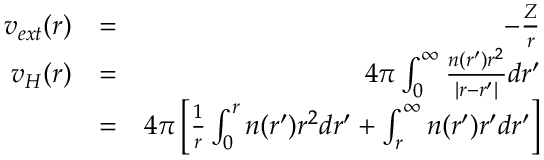
\begin{array} { r l r } { v _ { e x t } ( r ) } & { = } & { - \frac { Z } { r } } \\ { v _ { H } ( r ) } & { = } & { 4 \pi \int _ { 0 } ^ { \infty } \frac { n ( r ^ { \prime } ) r ^ { 2 } } { | r - r ^ { \prime } | } d r ^ { \prime } } \\ & { = } & { 4 \pi \left[ \frac { 1 } { r } \int _ { 0 } ^ { r } n ( r ^ { \prime } ) r ^ { 2 } d r ^ { \prime } + \int _ { r } ^ { \infty } n ( r ^ { \prime } ) r ^ { \prime } d r ^ { \prime } \right] } \end{array}